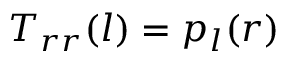
T _ { r r } ( l ) = p _ { l } ( r )